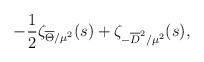
\begin{align*}-{1 \over 2} \zeta_{\overline{\Theta}/\mu^2}(s) + \zeta_{-\overline{D}^2/\mu^2}(s),\end{align*}